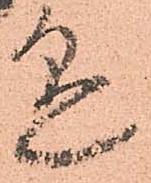
懸